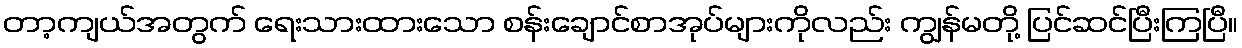
တာ့ကျယ်အတွက် ရေးသားထားသော စန်းချောင်စာအုပ်များကိုလည်း ကျွန်မတို့ ပြင်ဆင်ပြီးကြပြီ။